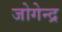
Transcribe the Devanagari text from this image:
जोगेन्द्र